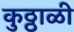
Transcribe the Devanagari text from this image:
कुठ्ठाळी